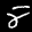
Label: 8